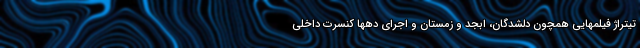
تیتراژ فیلمهایی همچون دلشدگان، ابجد و زمستان و اجرای دهها کنسرت داخلی